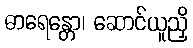
ဓာရေန္တော၊ ဆောင်ယူညှိ